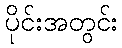
ပိုင်းအတွင်း